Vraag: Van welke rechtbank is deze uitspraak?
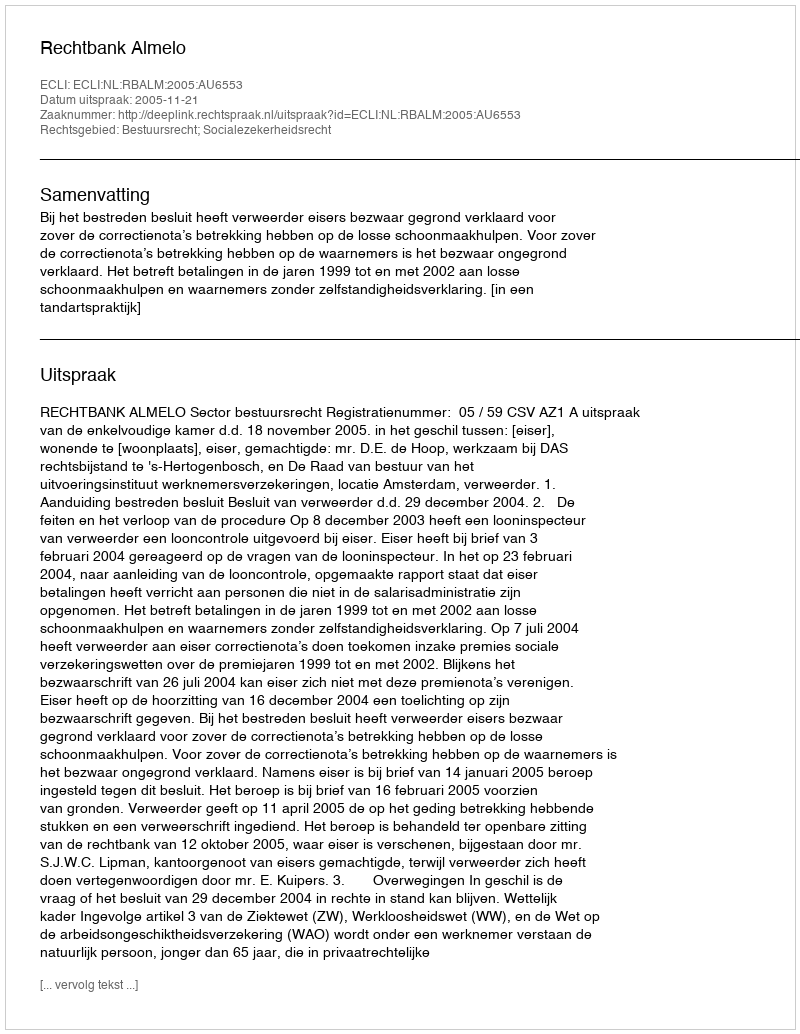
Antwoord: Rechtbank Almelo